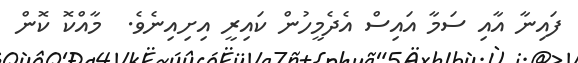
ފައިނާ އާއި ސަމާ އައިސް އެދެމީހުން ކައިރީ އިށިއިނެވެ.  މާއްކޮ ކޮން